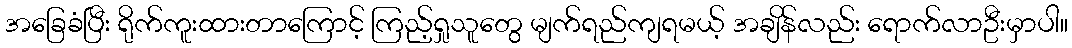
အခြေခံပြီး ရိုက်ကူးထားတာကြောင့် ကြည့်ရှုသူတွေ မျက်ရည်ကျရမယ့် အချိန်လည်း ရောက်လာဦးမှာပါ။